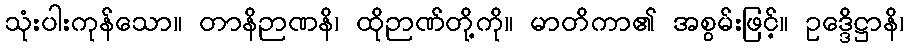
သုံးပါးကုန်သော။ တာနိဉာဏနိ၊ ထိုဉာဏ်တို့ကို။ မာတိကာ၏ အစွမ်းဖြင့်။ ဥဒ္ဒေိဋ္ဌာနိ၊